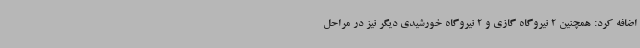
اضافه کرد: همچنین 2 نیروگاه گازی و 2 نیروگاه خورشیدی دیگر نیز در مراحل